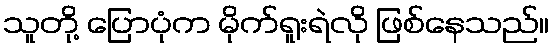
သူတို့ ပြောပုံက မိုက်ရူးရဲလို ဖြစ်နေသည်။